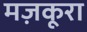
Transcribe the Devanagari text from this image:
मज़कूरा